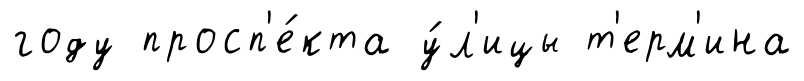
году просп'е́кта у́л'ицы т'ерм'ина